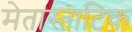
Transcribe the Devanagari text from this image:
मेतास्ताटिक